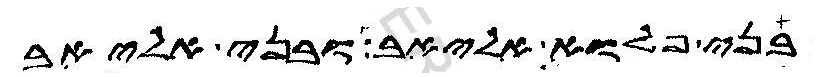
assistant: בני פלוא אליאב ובני אליאב